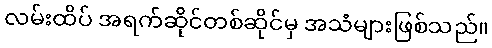
လမ်းထိပ် အရက်ဆိုင်တစ်ဆိုင်မှ အသံများဖြစ်သည်။